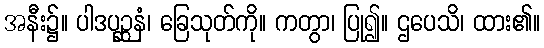
အနီး၌။ ပါဒပုဉ္ဆနံ၊ ခြေသုတ်ကို။ ကတွာ၊ ပြု၍။ ဌပေသိ၊ ထား၏။